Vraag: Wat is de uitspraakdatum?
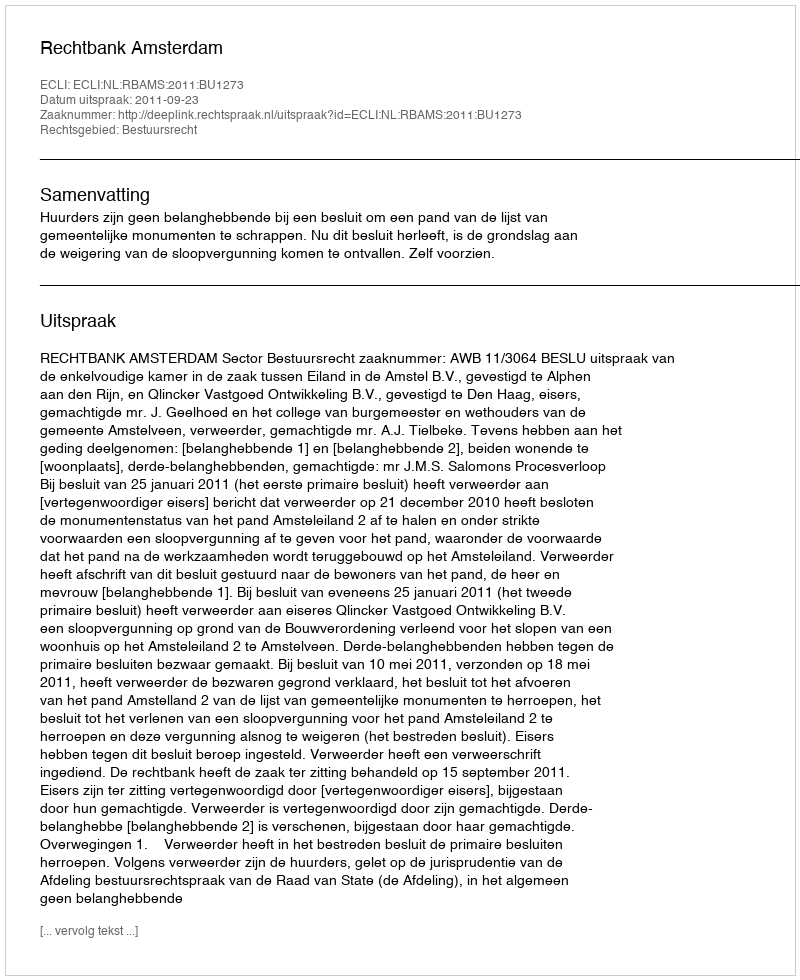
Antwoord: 2011-09-23